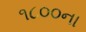
૧૮૦૦ના